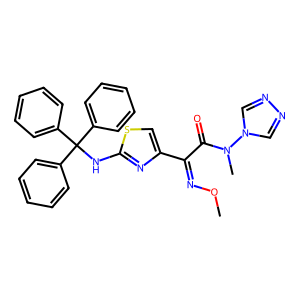
SMILES: CON=C(C(=O)N(C)n1cnnc1)c1csc(NC(c2ccccc2)(c2ccccc2)c2ccccc2)n1
Inhibits HIV replication: No